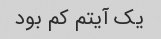
یک آیتم کم بود